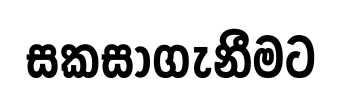
සකසාගැනීමට